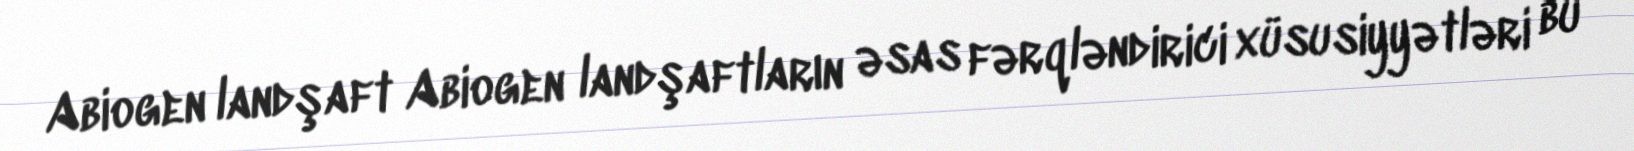
Abiogen landşaft Abiogen landşaftların əsas fərqləndirici xüsusiyyətləri bu